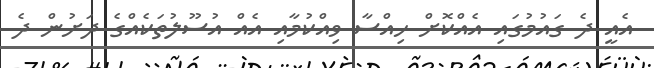
އެއީ ދެ ގައުމުގައި އެއްކޮށް ހިއްސާ ވިއްކުމާއި އެއް އުސޫލުތަކެއްގެ ދަށުން ދެ